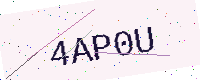
Text: 4AP0U